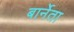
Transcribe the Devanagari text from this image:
बार्नेता